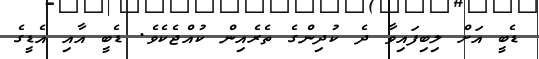
ޑެބީ އަށް ލިބިފައިވާ ދެ ކުދިންގެ ތެރެއިން ކުއްޖެކެވެ. ޑެބީ އާއި އެޑީގެ